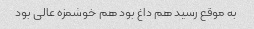
به موقع رسید هم داغ بود هم خوشمزه عالی بود